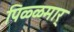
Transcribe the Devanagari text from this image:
पिळ्ळमार्